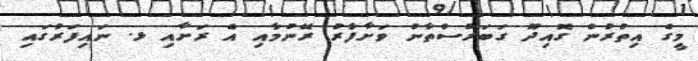
މީގެ އިތުރުން ގޮއިދޫ ގަބަރުސްތާނު ވަށާފާރު ރޭނުމާއި އެ ރަށާއި ޅ. ނައިފަރުގައި